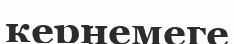
кернемеге